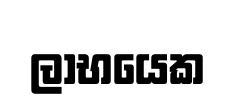
ලාභයෙක